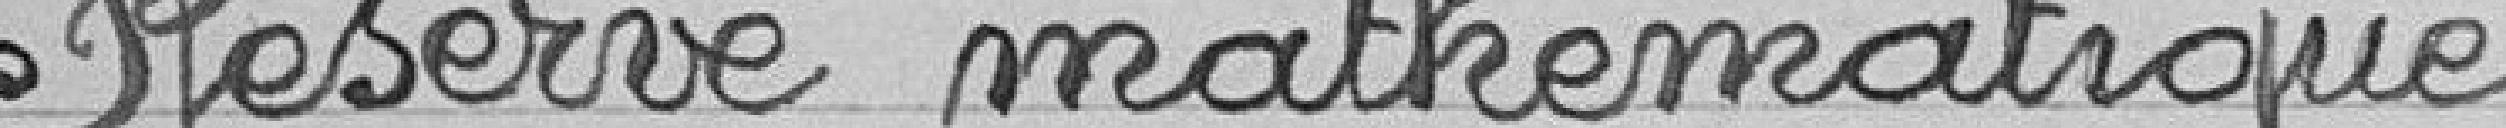
Réserve mathématique